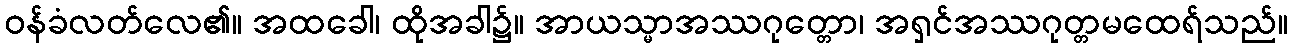
ဝန်ခံလတ်လေ၏။ အထခေါ၊ ထိုအခါ၌။ အာယသ္မာအဿဂုတ္တော၊ အရှင်အဿဂုတ္တမထေရ်သည်။